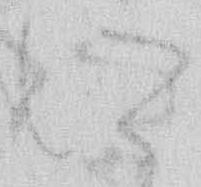
に